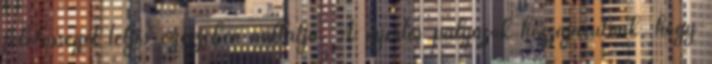
felelősséget teljes egészében vállalja. A nyertes pályázók hozzájárulnak, hogy